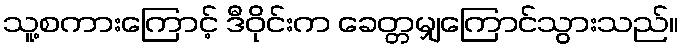
သူ့စကားကြောင့် ဒီဝိုင်းက ခေတ္တမျှကြောင်သွားသည်။